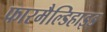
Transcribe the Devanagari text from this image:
फारमैल्डिहाइड